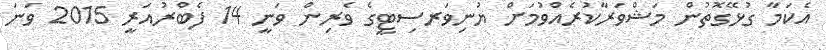
އެކަމާ ގުޅޭގޮތުން މަޝްވަރާކުރެއްވުމަށް ޔުނިވަރސިޓީގެ ވެރިން ވަނީ 14 ފެބްރުއަރީ 2015 ވަނަ